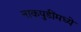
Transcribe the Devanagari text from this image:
नाकपुडींमध्ये